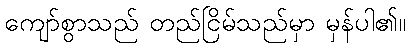
ကျော်စွာသည် တည်ငြိမ်သည်မှာ မှန်ပါ၏။